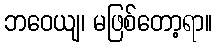
ဘဝေယျ၊ မဖြစ်တော့ရာ။